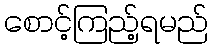
စောင့်ကြည့်ရမည်